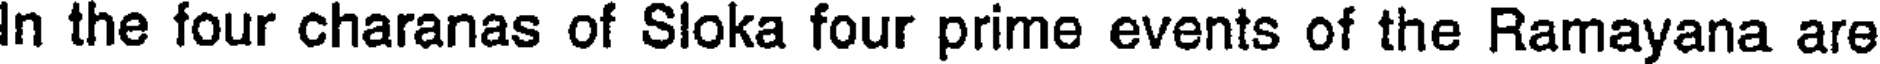
In the four charanas of Sloka four prime events of the Ramayana are